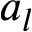
a _ { l }